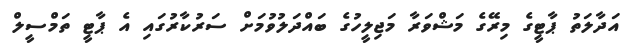
އަދާލަތު ޕާޓީގެ މިރޭގެ މަޝްވަރާ މަޖިލީހުގެ ބައްދަލުވުމަށް ސަރުކާރުގައި އެ ޕާޓީ ތަމްސީލް